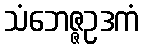
သံဘေဇ္ဇဥဒကံ